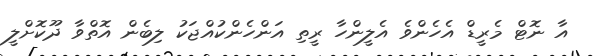
އާ ނޮޓް މެރީޑް އެހެންވެ އެލީންހާ ރީތި އަންހެންކުއްޖަކު ލިބެން އޮތްވާ ދޫކޮށްލީ